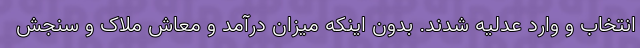
انتخاب و وارد عدلیه شدند. بدون اینکه میزان درآمد و معاش ملاک و سنجش